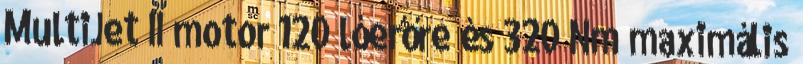
MultiJet II motor 120 lóerőre és 320 Nm maximális